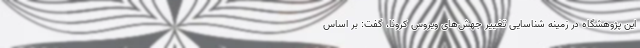
این پژوهشگاه در زمینه شناسایی تغییر جهش‌های ویروس کرونا، گفت: بر اساس